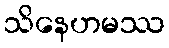
သိနေဟမဿ